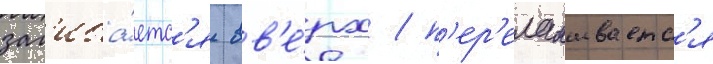
заг'иба́етс'я вв'е́рх / п'ер'еламываетс'я